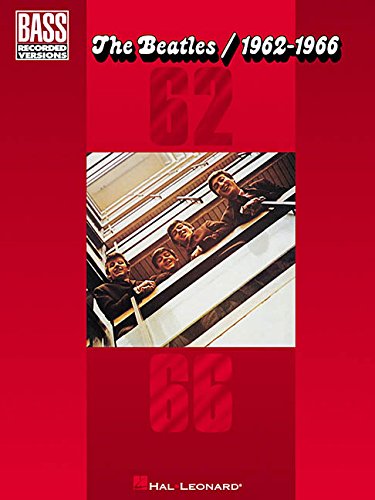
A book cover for The Beatles/1962-1966 (Bass Recorded Versions); The Beatles; Humor & Entertainment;